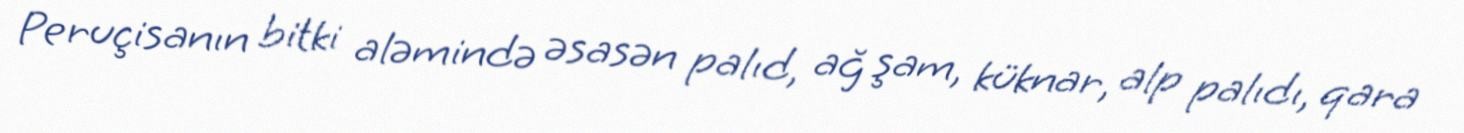
Peruçisanın bitki aləmində əsasən palıd, ağ şam, küknar, alp palıdı, qara